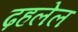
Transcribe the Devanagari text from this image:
ढ़हलेल